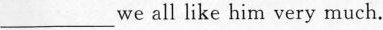
___ we all like him very much.